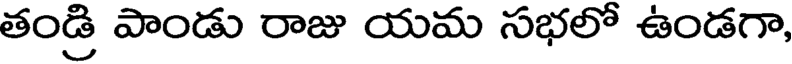
తండ్రి పాండు రాజు యమ సభలో ఉండగా,